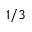
1 / 3